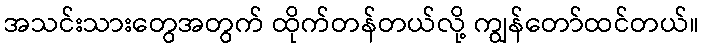
အသင်းသားတွေအတွက် ထိုက်တန်တယ်လို့ ကျွန်တော်ထင်တယ်။